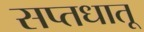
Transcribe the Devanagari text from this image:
सप्तधातू